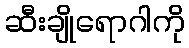
ဆီးချိုရောဂါကို